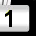
Digit: 1